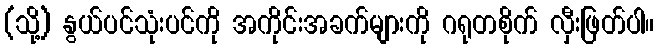
(သို့) နွယ်ပင်သုံးပင်ကို အကိုင်းအခက်များကို ဂရုတစိုက် လှီးဖြတ်ပါ။